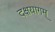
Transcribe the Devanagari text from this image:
दक्षयागम्